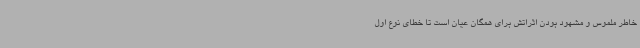
خاطر ملموس و مشهود بودن اثراتش برای همگان عیان است تا خطای نوع اول